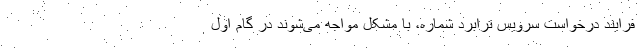
فرایند درخواست سرویس ترابرد شماره، با مشکل مواجه می‌شوند در گام اول